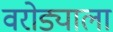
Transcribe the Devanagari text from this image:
वरोड्याला